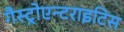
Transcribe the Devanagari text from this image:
गैस्ट्रोएन्टराइटिस